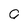
Character: a